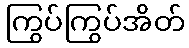
ကြွပ်ကြွပ်အိတ်